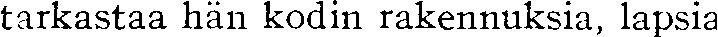
tarkastaa hän kodin rakennuksia, lapsia